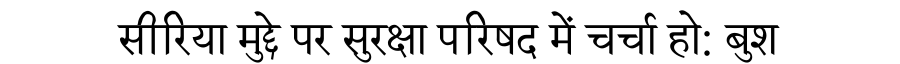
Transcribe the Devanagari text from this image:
सीरिया मुद्दे पर सुरक्षा परिषद में चर्चा हो: बुश